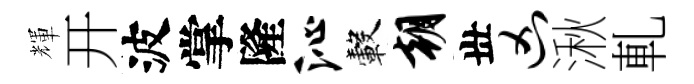
輝开波掌隆沁轂朝丗凶湫軋